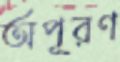
অপূরণ